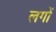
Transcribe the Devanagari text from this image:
लगों